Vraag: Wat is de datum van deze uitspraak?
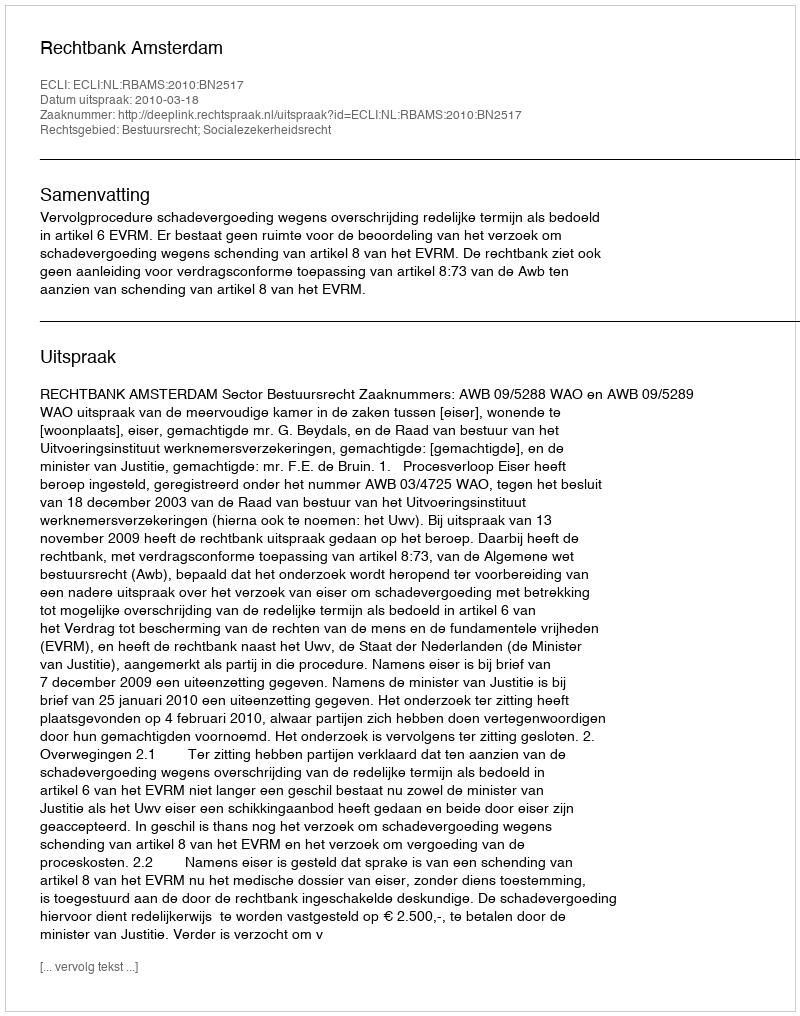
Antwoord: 2010-03-18